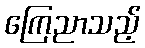
ကြေညာသည့်